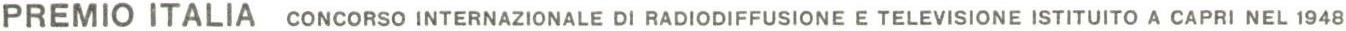
PREMIO ITALIA CONCORSO INTERNAZIONALE DI RADIODIFFUSIONE E TELEVISIONE ISTITUITO A CAPRI NEL 1948